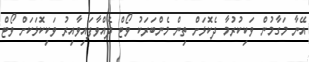
އޭނާ މަގާމުން ވަކިކުރުމާ ދެކޮޅަށް ތިން މެންބަރަކު ވޯޓް ދެއްވާފައިވާއިރު ވަކިކޮޅަކަށް ވޯޓް